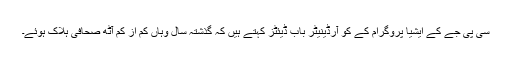
سی پی جے کے ایشیا پروگرام کے کو آرڈینیٹر باب ڈیئٹز کہتے ہیں کہ گذشتہ سال وہاں کم از کم آٹھ صحافی ہلاک ہوئے۔